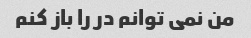
من نمی توانم در را باز کنم